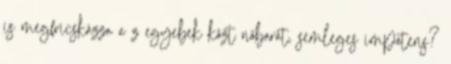
is megfricskázza a z egyebek közt nőbarát, semleges impotens?